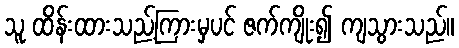
သူ ထိန်းထားသည့်ကြားမှပင် ဇက်ကျိုး၍ ကျသွားသည်။